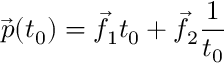
{ \vec { p } } ( t _ { 0 } ) = { \vec { f } } _ { 1 } t _ { 0 } + { \vec { f } } _ { 2 } { \frac { 1 } { t _ { 0 } } }